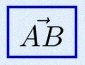
\vec{AB}